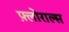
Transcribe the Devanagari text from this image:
फ़्लोराल्स